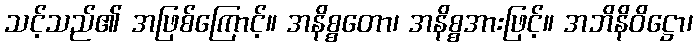
သင့်သည်၏ အဖြစ်ကြောင့်။ အနိစ္စတော၊ အနိစ္စအားဖြင့်။ အဘိနိဝိဋ္ဌော၊